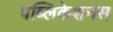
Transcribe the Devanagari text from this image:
पब्लिकेशनस